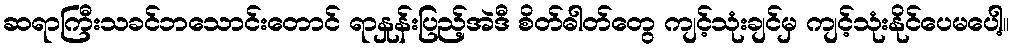
ဆရာကြီးသခင်ဘသောင်းတောင် ရာနှုန်းပြည့်အဲဒီ စိတ်ဓါတ်တွေ ကျင့်သုံးချင်မှ ကျင့်သုံးနိုင်ပေမပေါ့။